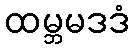
ထမ္ဘမဒဒံ